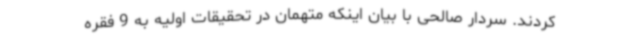
کردند. سردار صالحی با بیان اینکه متهمان در تحقیقات اولیه به 9 فقره